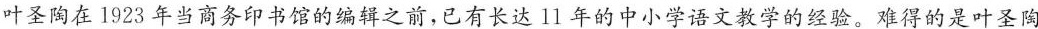
叶圣陶在1923年当商务印书馆的编辑之前，已有长达11年的中小学语文教学的经验。难得的是叶圣陶